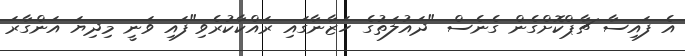
އެ ފައިސާ ޗާޕްކޮށްގެން ގެނެސް "ދައުލަތުގެ ހަޒާނާގައި ރައްކާކުރެވި"ފައި ވަނީ މިދިޔަ އަންގާރަ